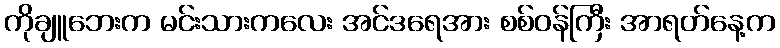
ကိုချူဘေးက မင်းသားကလေး အင်ဒရေအား စစ်ဝန်ကြီး အာရတ်နေ့က